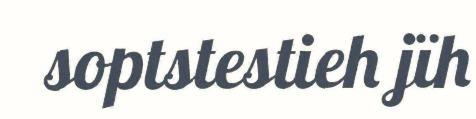
soptstestieh jïh